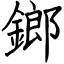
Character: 鎯